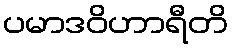
ပမာဒဝိဟာရီတိ